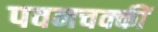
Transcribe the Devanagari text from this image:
पवनचक्कीं